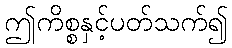
ဤကိစ္စနှင့်ပတ်သက်၍